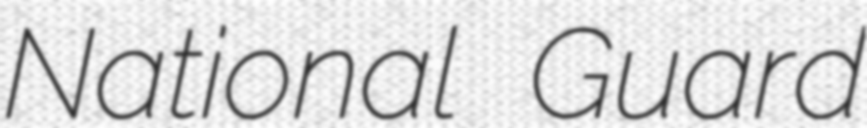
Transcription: National Guard